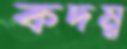
কদম্ব